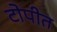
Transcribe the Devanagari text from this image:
टोपीत